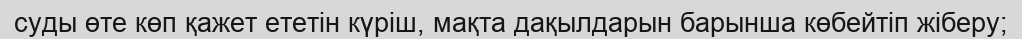
суды өте көп қажет ететін күріш, мақта дақылдарын барынша көбейтіп жіберу;